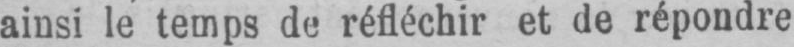
ainsi le temps de réfléchir et de répondre